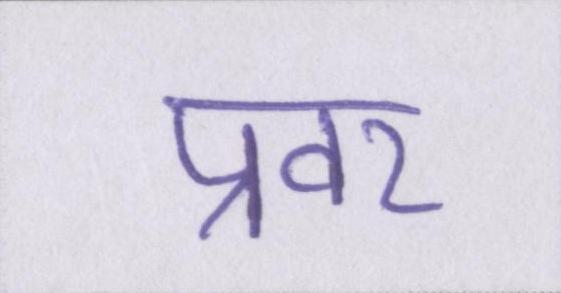
प्रवर